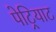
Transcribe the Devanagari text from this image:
पेट्रियाट